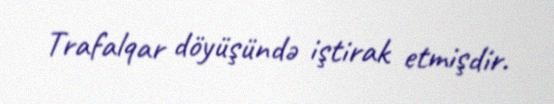
Trafalqar döyüşündə iştirak etmişdir.